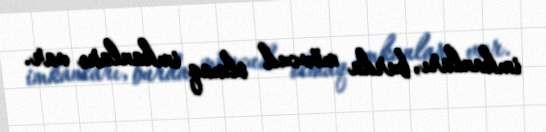
imkanları, burda mövcud olmaq imkanları var.